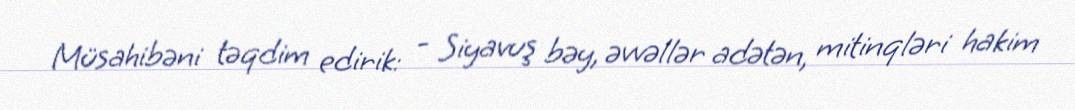
Müsahibəni təqdim edirik: - Siyavuş bəy, əvvəllər adətən, mitinqləri hakim